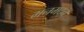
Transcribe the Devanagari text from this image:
मनमदन